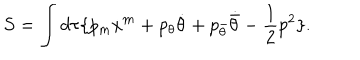
S = \int d \tau \{ p _ { m } \dot { x } ^ { m } + p _ { \theta } \dot { \theta } + p _ { \bar { \theta } } \dot { \bar { \theta } } - \frac 1 2 p ^ { 2 } \} .